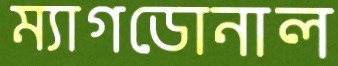
ম্যাগডোনাল